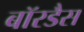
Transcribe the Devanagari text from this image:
बॉरडैस